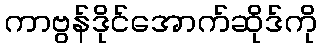
ကာဗွန်ဒိုင်အောက်ဆိုဒ်ကို